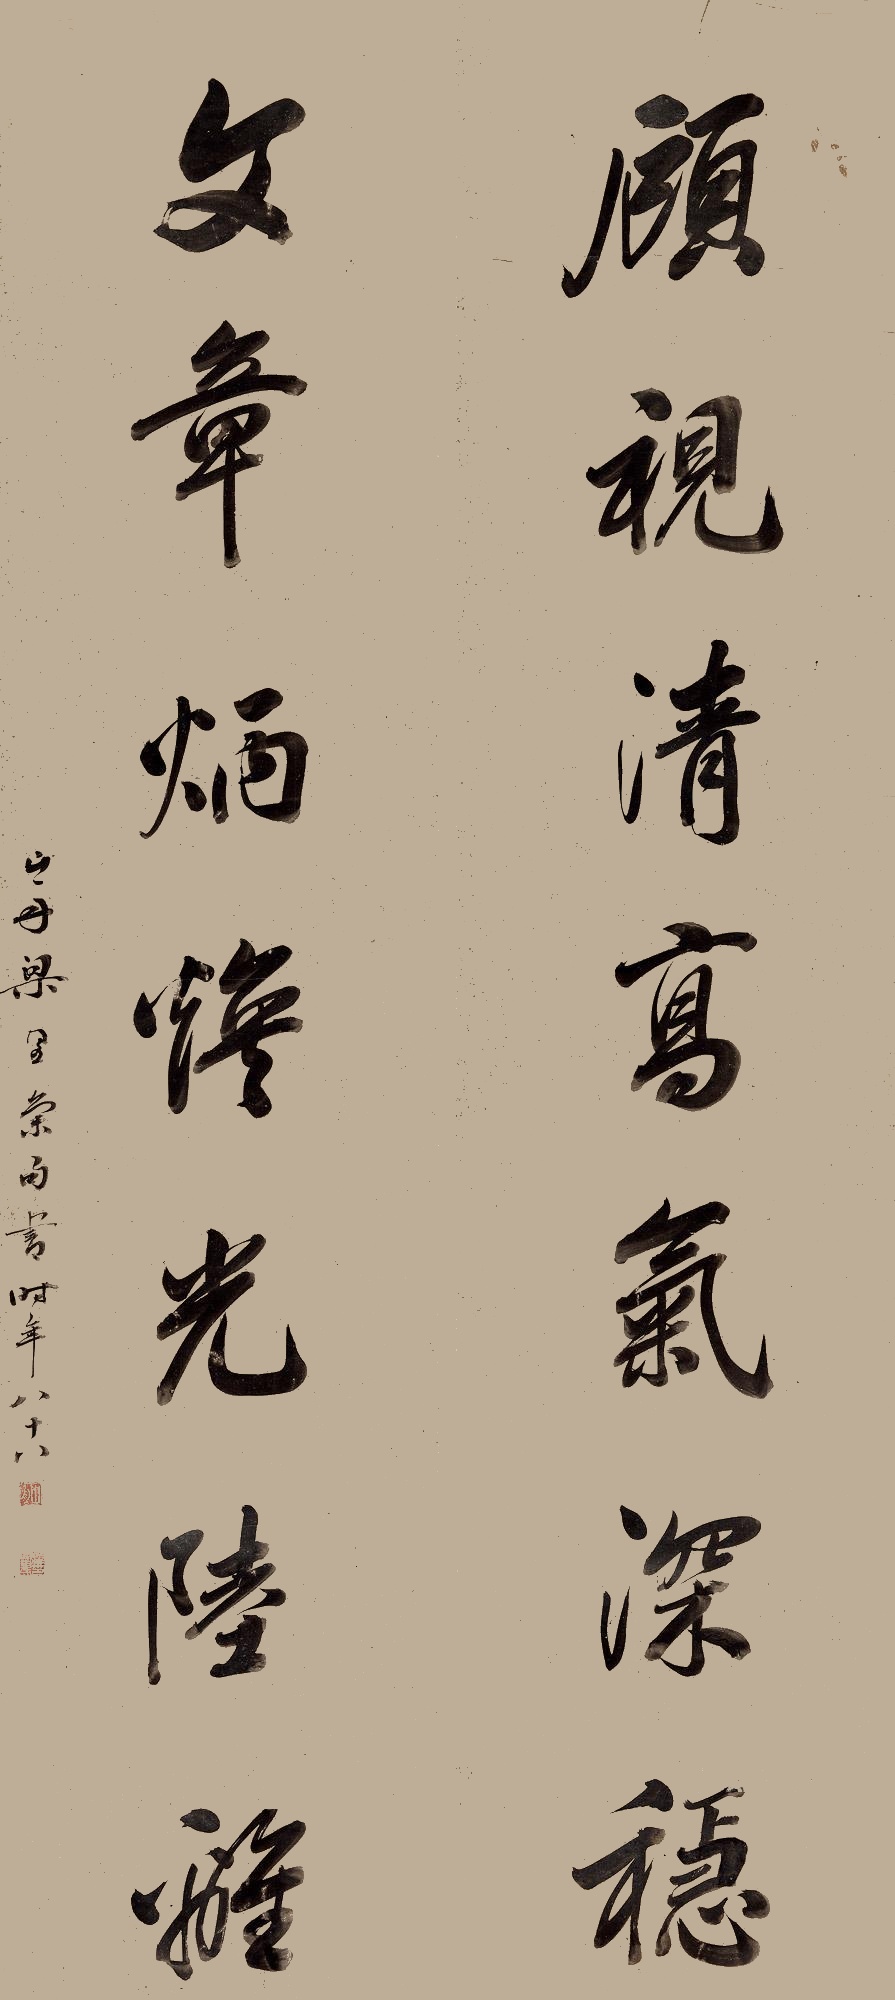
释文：文章炳焕光陆离，顾视清高气深稳。山舟梁同书索句书。时年八十八。